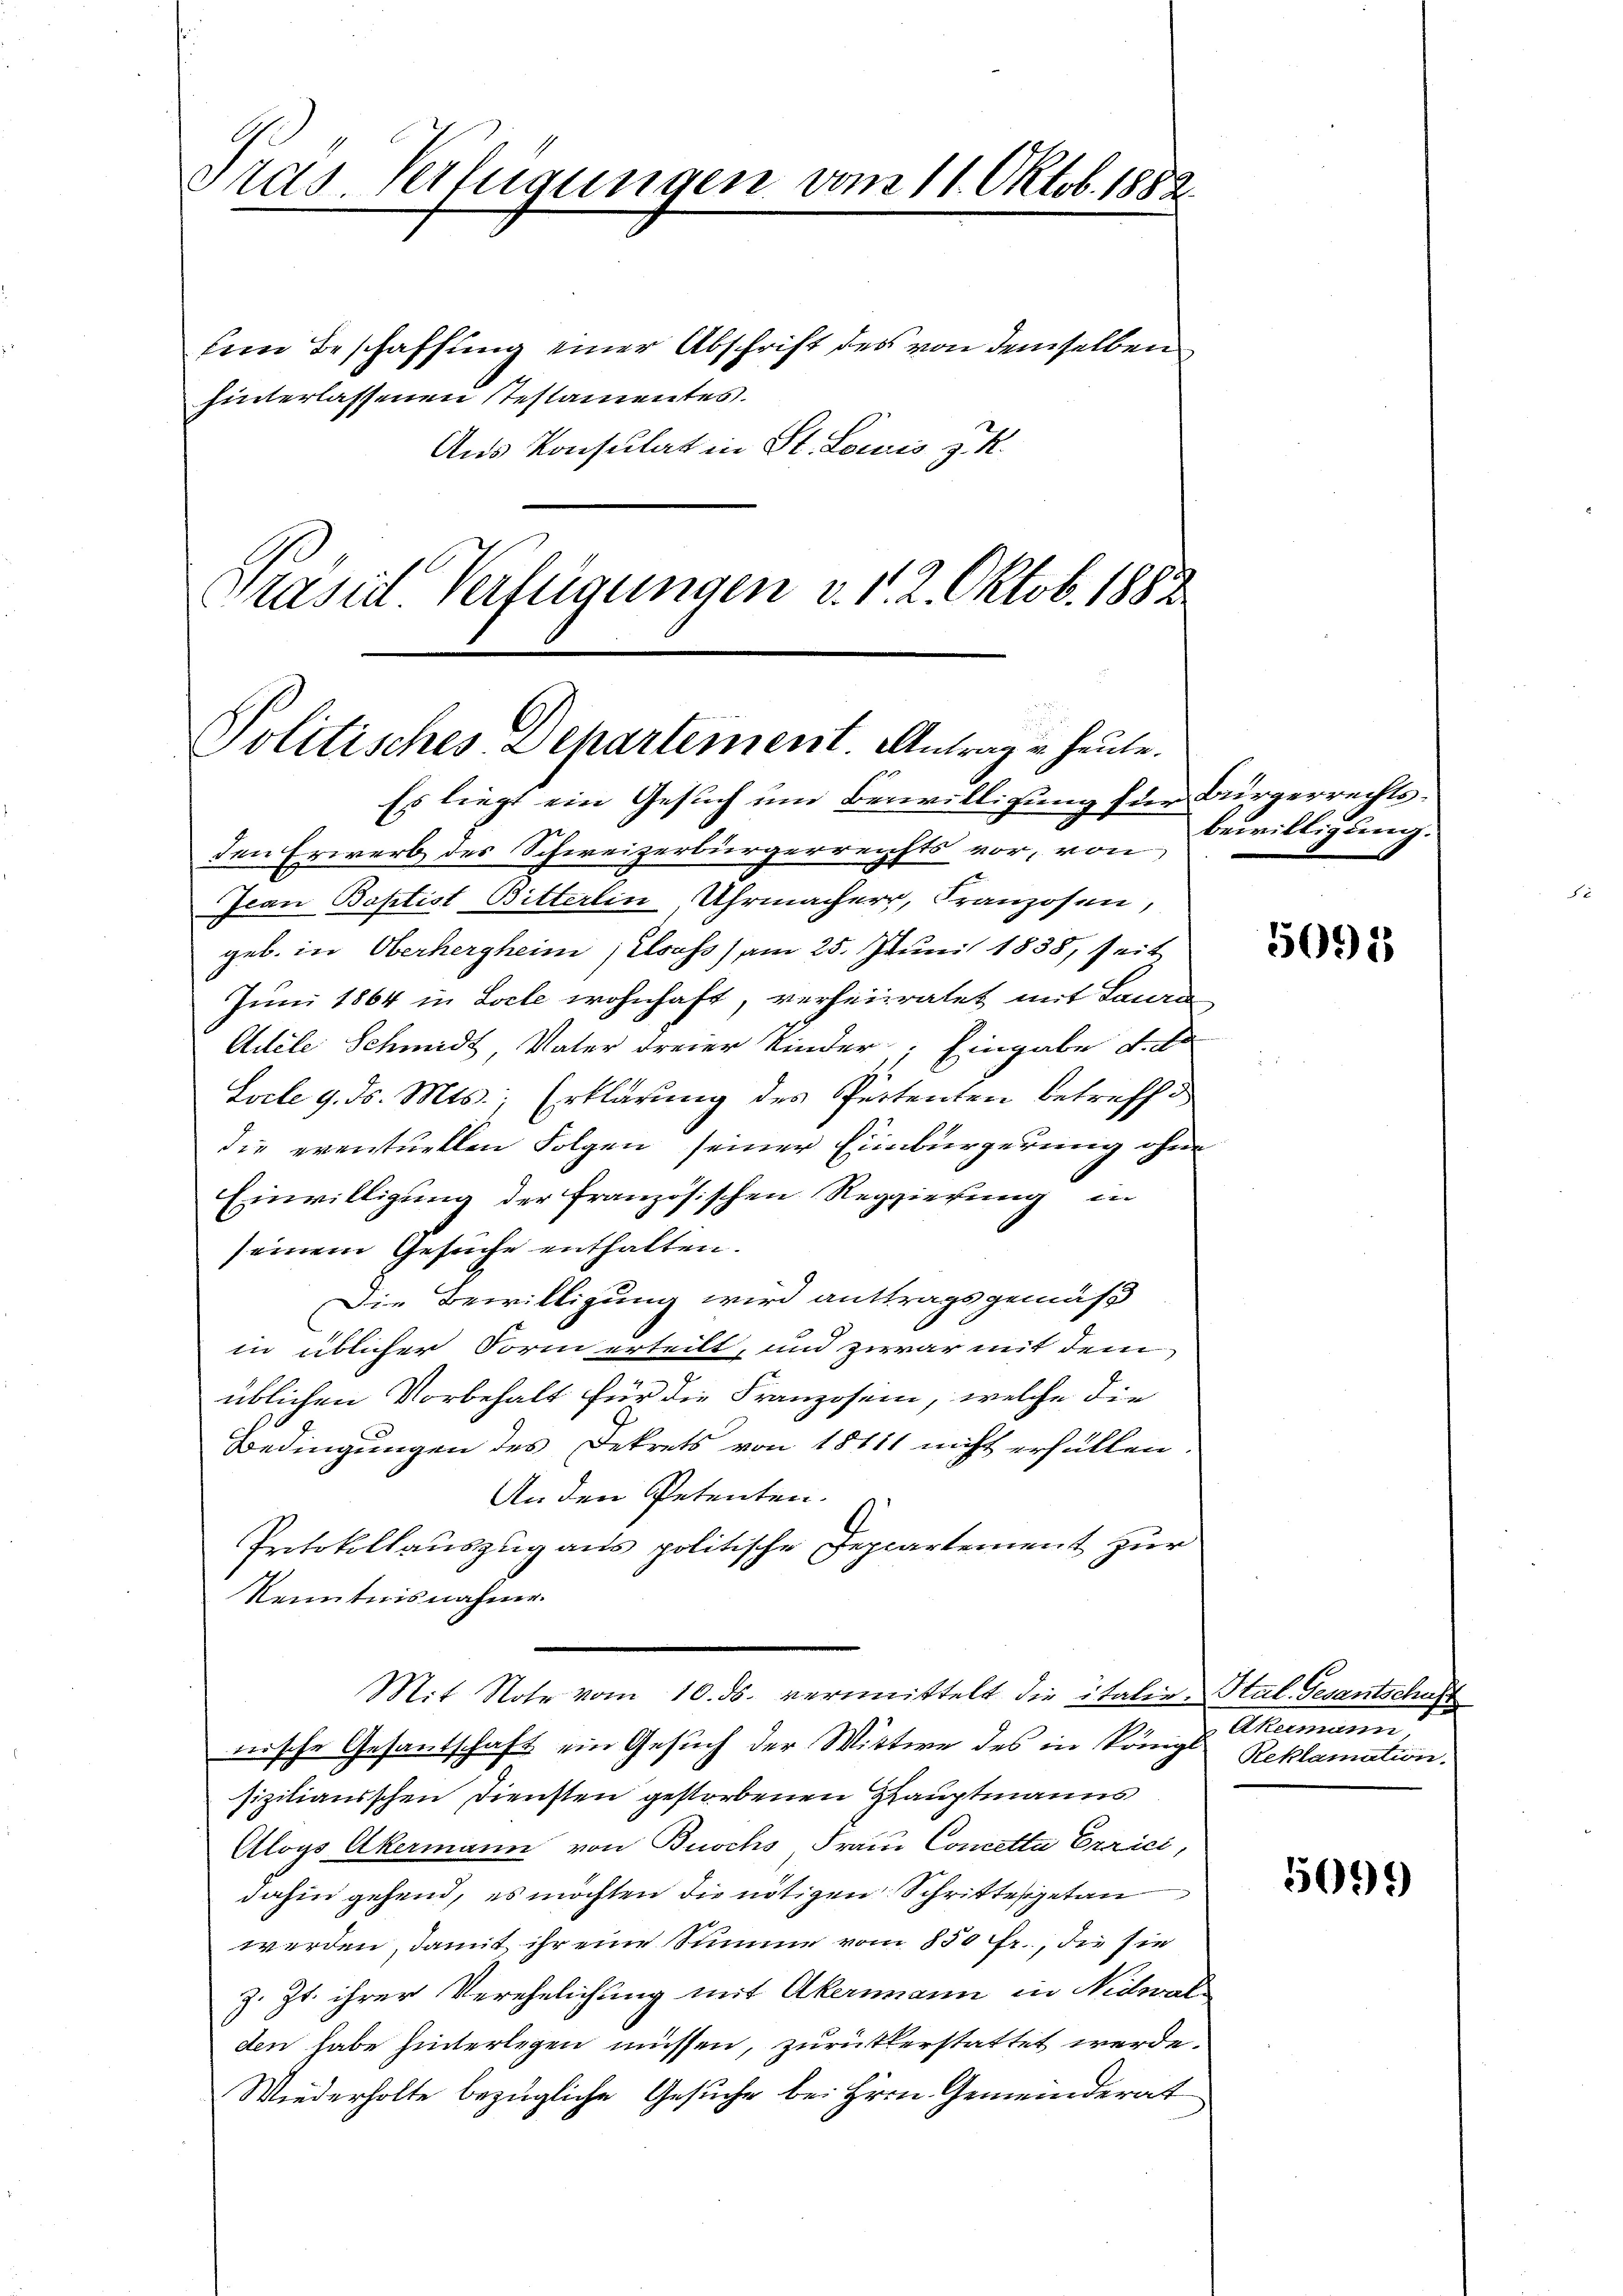
Pras-Verfügungen vom 11. Oktob. 1882.

Politisches Departement. Antrag in heute.

sein Beschaffung einer Abschrift des von demselben
hinterlassenen stestamentes.
Aus Konsulat in St. Louis z. R.
Prasid Verfügungen v. 1. 2. Oktob. 1882

Es liegt ein Gesuch um Bewilligung für Bürgerrechtsden Erwerb des Schweizerbürgerreichts vor, von
Ican Baptist Bitterlin, Uhrmacherr, Franzosen,
geb. in Oberhergheim, Elsass) am 25. Juni 1838, seit
Juni 1864 in Loele wohnhaft, verheiratet mit Lan
Adele Schmidt, Vater dreier Kinder; Eingabe dato
Socle 9. ds. Mts., Erklärung des Pertenten betreffe
die eventuellen Folgen seiner Einbürgerung ohne
Einwilligung der französischen Reggierung in
seinem Gesuche enthalten.
Die Bewilligung wird anttragsgemäß
in üblicher Form erteilt, und zwar mit dem
üblichen Vorbehalt für die Franzosein, welche die
Bedingungen des Dekrets von 18111 nicht erfüllen.
An den Petenten.
Protokollauszug aus politische Depcartement zur
Kenntnisnahme.
Mit Note vom 10. ds. vermittelt die italin-Stal. Gesantschaft
nische Gesantschaft ein Gesuch der Wittwe des in Königl. Reklamation.
fizilianischen Diensten gestorbenen Hauptmanns
Aloys Akermann von Buochs Frau Cometta Errici,
dahin gehend, es möchten die nötigen Schrittes getan
werden, damit ihr eine Summe vom 850 fr., die sie
z. Zt. ihrer Verehelichung mit Akermann in Nidwal
den habe hinterlegen müssen, zurükkerstattet werde.
Wiederholte bezügliche Gesuche bei Hrrn. Gemeinderat

bewilligung.

5092

Akemann

5099)